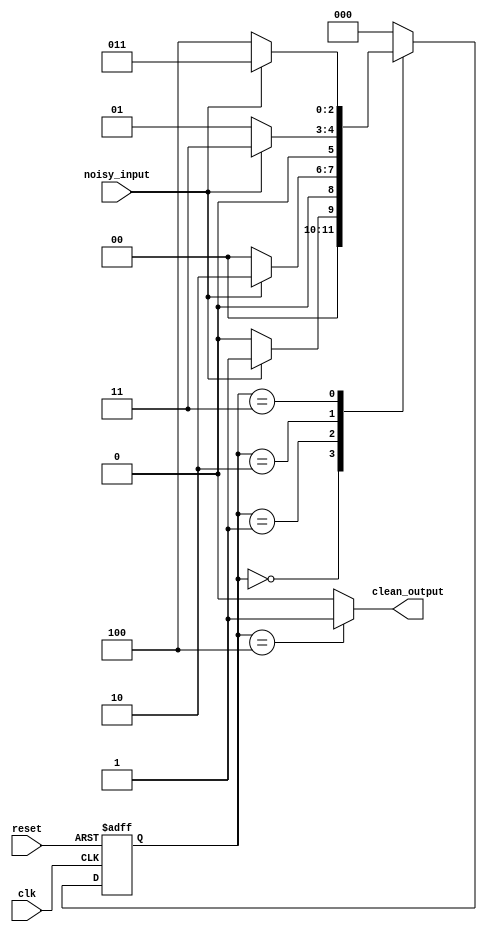
module debounce (
    input clk,
    input reset,
    input noisy_input,
    output reg clean_output
);

reg [2:0] state;

always @(posedge clk or posedge reset) begin
    if (reset) begin
        state <= 3'b000;
    end else begin
        case (state)
            3'b000: begin
                if (noisy_input == 1) begin
                    state <= 3'b001;
                end else begin
                    state <= 3'b000;
                end
            end
            3'b001: begin
                if (noisy_input == 1) begin
                    state <= 3'b010;
                end else begin
                    state <= 3'b000;
                end
            end
            3'b010: begin
                if (noisy_input == 1) begin
                    state <= 3'b011;
                end else begin
                    state <= 3'b001;
                end
            end
            3'b011: begin
                if (noisy_input == 1) begin
                    state <= 3'b011;
                end else begin
                    state <= 3'b100;
                end
            end
            default: state <= 3'b000;
        endcase
    end
end

always @(*) begin
    if (state == 3'b100) begin
        clean_output <= 1;
    end else begin
        clean_output <= 0;
    end
end

endmodule